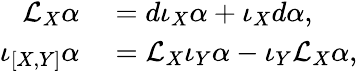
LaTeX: \begin{array}{rl}{\mathcal{L}_{X}\alpha}&{{}=d\iota_{X}\alpha+\iota_{X}d\alpha,}\\ {\iota_{[X,Y]}\alpha}&{{}=\mathcal{L}_{X}\iota_{Y}\alpha-\iota_{Y}\mathcal{L}_{X}\alpha,}\end{array}